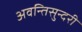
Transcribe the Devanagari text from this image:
अवन्तिसुन्दरी